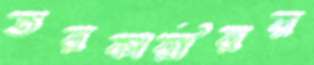
তরকারীরর